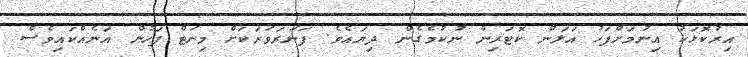
އިރުކޮޅަކު އިނުމަށްފަހު އަލަން ކޮޓަރިން ނުކުމެގެން ދިޔައެވެ. ފަނަރަވަރަކަށް މިނަޓް ފަހުން އަނެއްކައިވެސް